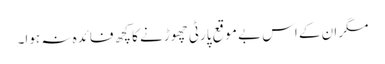
مگر ان کے اس بے موقع پارٹی چھوڑنے کا کچھ فائدہ نہ ہوا۔